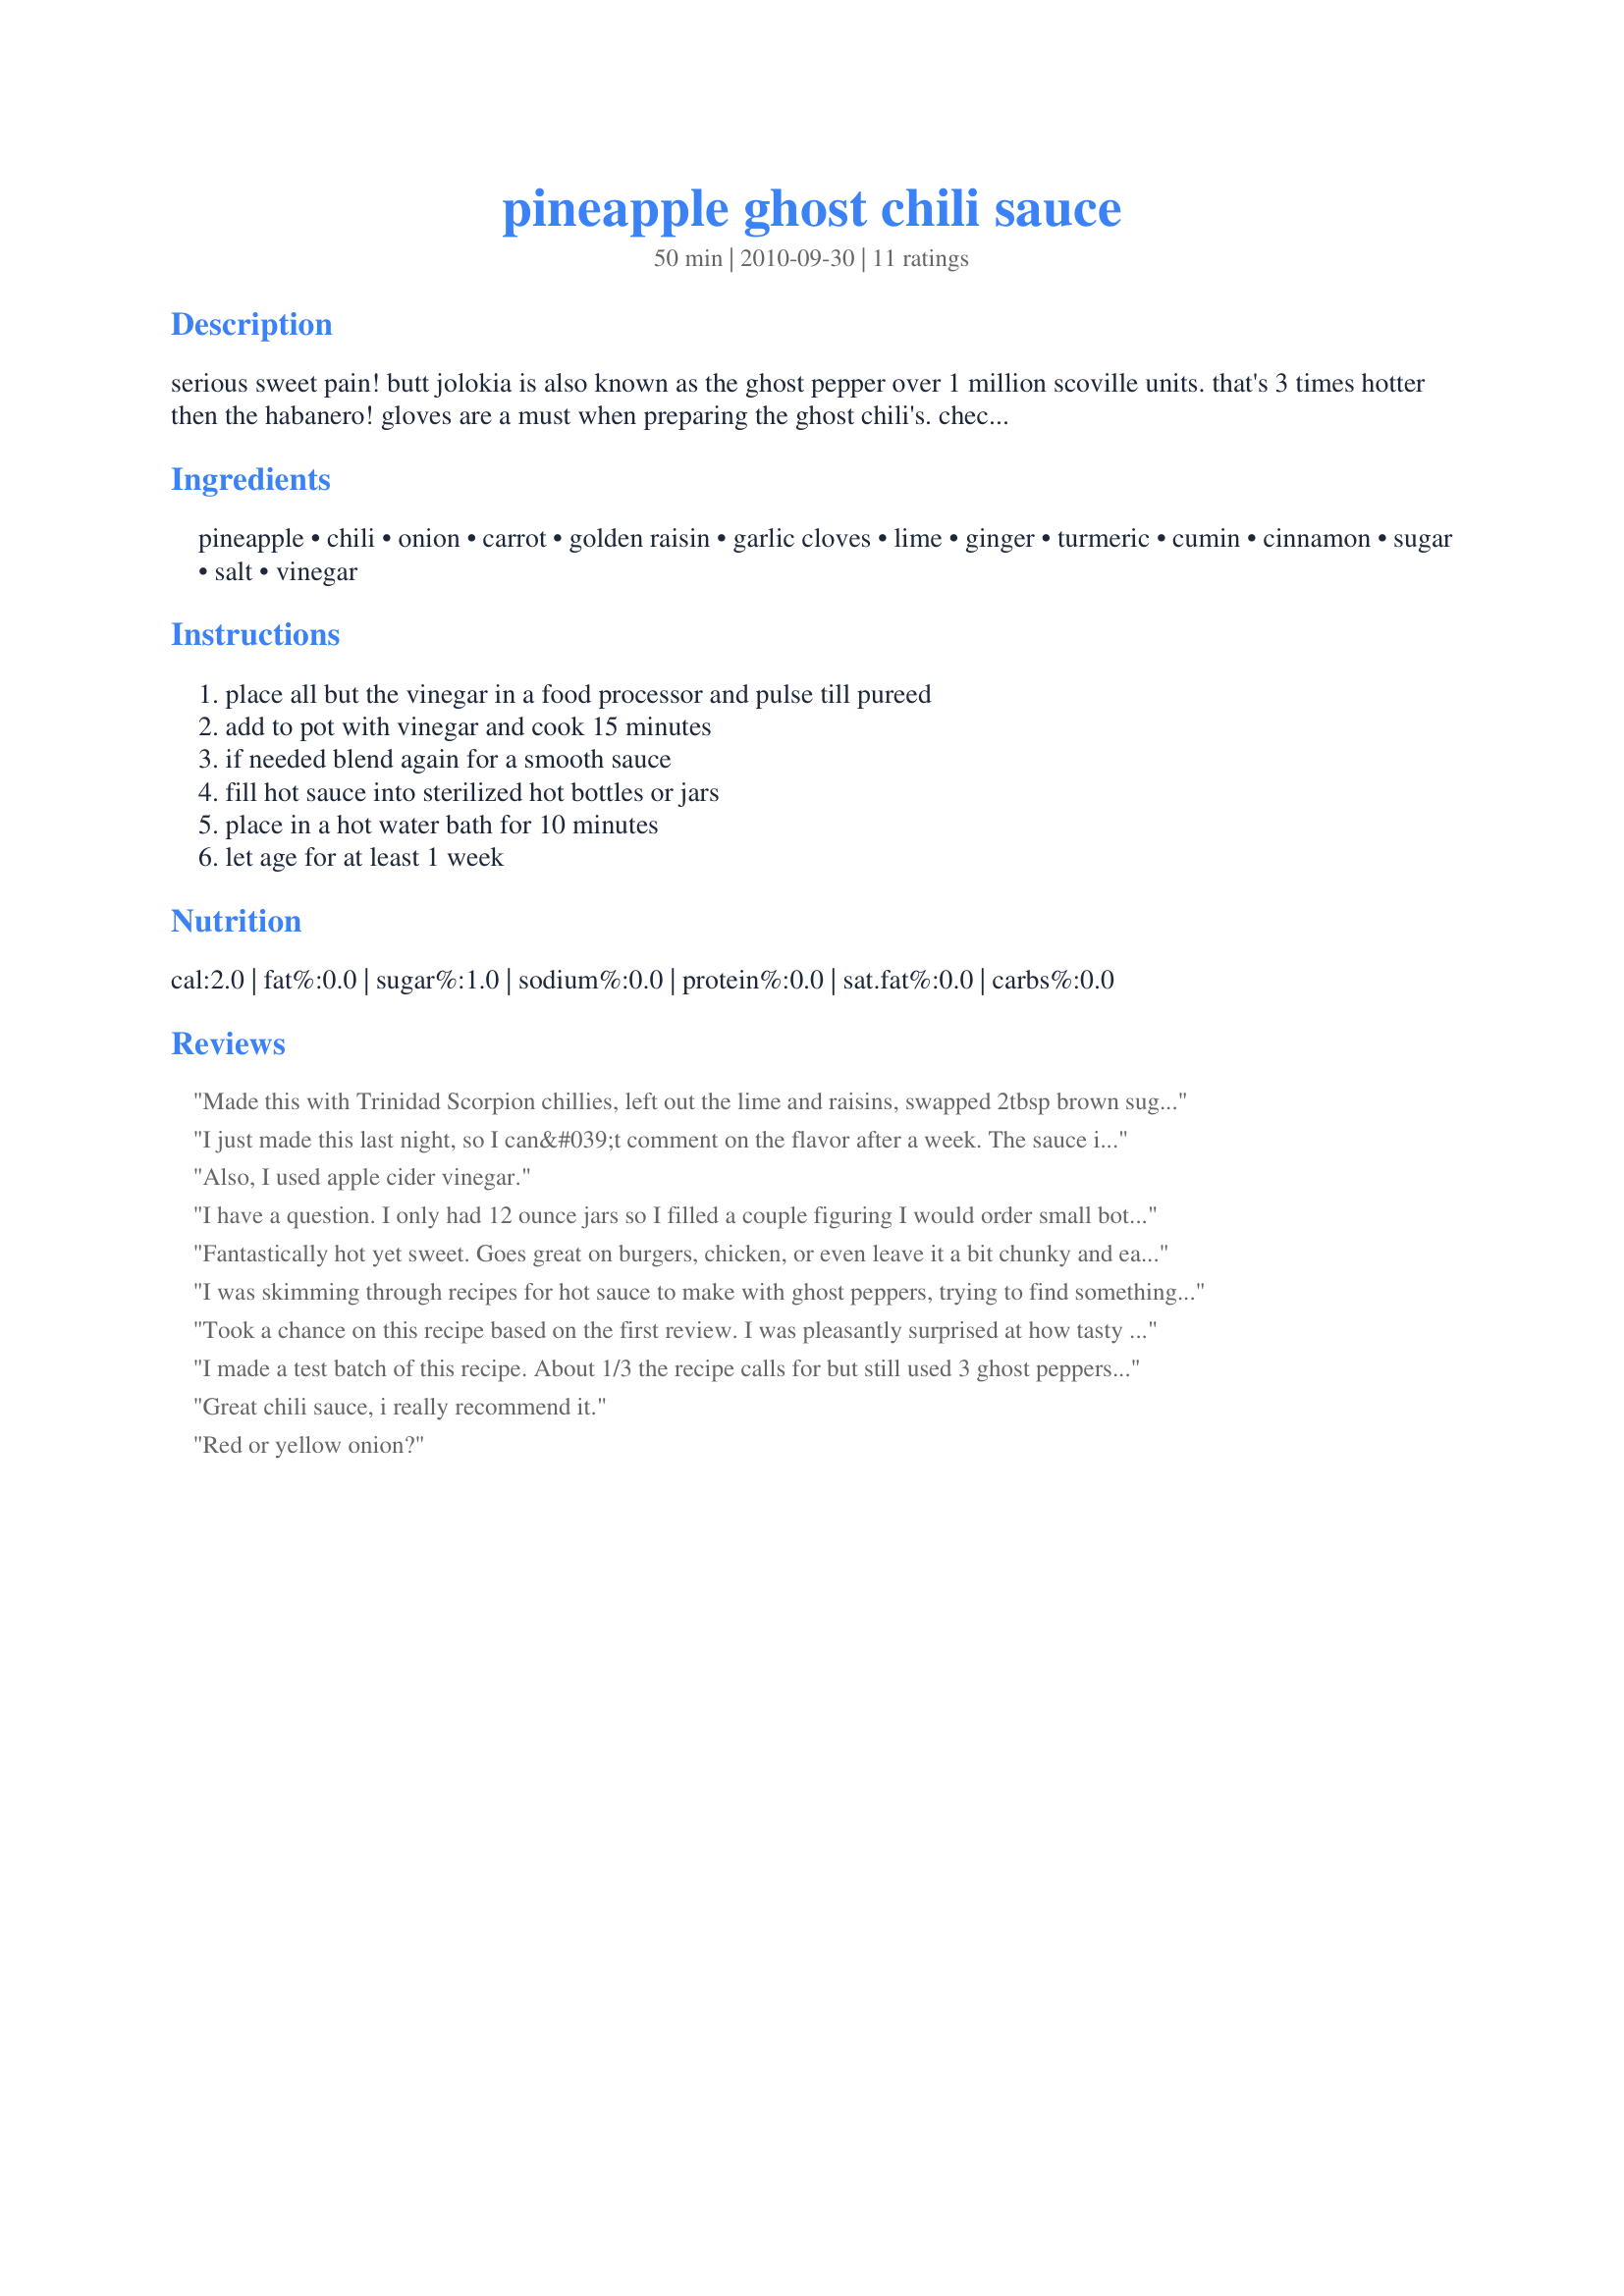
pineapple ghost chili sauce
Preparation time: 50 minutes

serious sweet pain! butt jolokia is also known as the ghost pepper over 1 million scoville units. that's 3 times hotter then the habanero! gloves are a must when preparing the ghost chili's.
check here for bottling the sauce
http://www.leeners.com/hotsauce-about-bottling.html
here for the bottles http://www.leeners.com/condiments-bottling.html
i filled 6 woozy bottles with the fitments droppers. it may have to be removed for easier pouring.
2017 i added fresh cilantro a small bunch, 1/2 teaspoon methi seeds, pinch of mango powder.

Ingredients:
pineapple, chili, onion, carrot, golden raisin, garlic cloves, lime, ginger, turmeric, cumin, cinnamon, sugar, salt, vinegar

Steps:
place all but the vinegar in a food processor and pulse till pureed, add to pot with vinegar and cook 15 minutes, if needed blend again for a smooth sauce, fill hot sauce into sterilized hot bottles or jars, place in a hot water bath for 10 minutes, let age for at least 1 week

Reviews:
Made this with Trinidad Scorpion chillies, left out the lime and raisins, swapped 2tbsp brown sugar for the 1/4 cup sugar, and used a can of pineapple in syrup instead of fresh (syrup had some sugar hence lowering added sugar). Turned out delicious! Would have been a thicker sauce with extra solid ingredients included but was great without.
I just made this last night, so I can&#039;t comment on the flavor after a week. The sauce is very good, and very hot. I used two whole ripe ghost chiles, seeds and all. I used a blender, then cooked the sauce, then blended again. I didn&#039;t have any bottles, so I water-bath canned this in half-pint jars. The sauce is very runny, so bottles would be recommended.
Also, I used apple cider vinegar.
I have a question. I only had 12 ounce jars so I filled a couple figuring I would order small bottles and then fill them after a week or so. The Hot sauce is seperating in the cold storage should I shake or do something else? Thank first time
Fantastically hot yet sweet. Goes great on burgers, chicken, or even leave it a bit chunky and eat it like a salsa.
I was skimming through recipes for hot sauce to make with ghost peppers, trying to find something sweet that would help balance out the heat of the pepper. I made this recipe than found there was way too much vinegar in it, and way to much cumin. The sauce itself was somewhat decent before cooking it with the vinegar. I was very disappointed I wasted my time and 4 peppers on this recipe
Took a chance on this recipe based on the first review. I was pleasantly surprised at how tasty this sauce turned out to be. The aromas caught me off guard (curry like) so at the last minute I added some fresh cilantro. I have made this recipe using different hot peppers more than once and have passed the recipe on a few times. Needless to say, I'm glad I took the chance.
I made a test batch of this recipe. About 1/3 the recipe calls for but still used 3 ghost peppers. I then halved that and added some ground clove and allspice to one half and used it as a marinade and basting for some chicken thighs I grilled. REALLY good, served up with rice and jamaican style black beans....great jamaican meal! Even using my immersion blender my version came out on the thick side but could have easily been strained for the liquid.
Great chili sauce, i really recommend it.
Red or yellow onion?
I&#039;m so glad I found this recipe. I&#039;ve made it at least 4 times. It&#039;s a hit at every party and I get requests for a jar all the time. I made it more as a salsa than a sauce and canned it. It&#039;s a wonderful recipe, but I like to add my own flair. I used craisins instead of golden raisins and cut the vinegar a little.....
